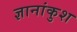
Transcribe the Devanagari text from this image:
ज्ञानांकुश